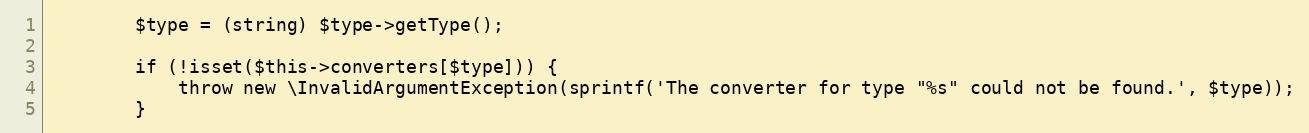
Language: PHP
        $type = (string) $type->getType();

        if (!isset($this->converters[$type])) {
            throw new \InvalidArgumentException(sprintf('The converter for type "%s" could not be found.', $type));
        }